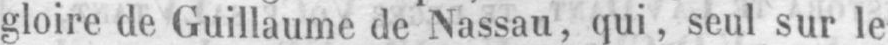
gloire de Guillaume de Nassau, qui, seul sur le